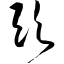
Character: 欤